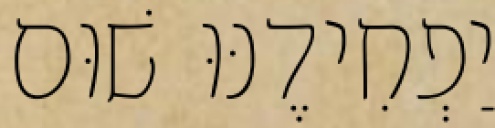
יַפְחִידֶנּוּ שׁוּם